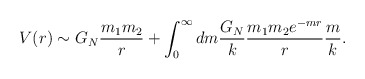
\begin{align*}V(r) \sim G_N { m_1 m_2 \over r} +\int_0^{\infty} dm { G_N \over k} { m_1 m_2 e^{- m r} \over r} {m \over k}.\end{align*}